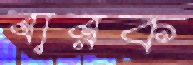
বারক